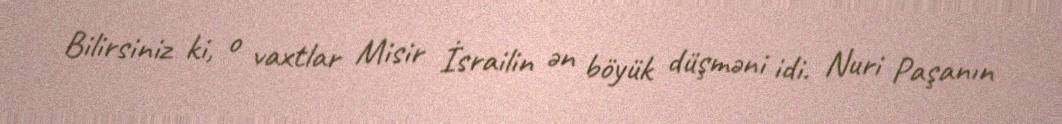
Bilirsiniz ki, o vaxtlar Misir İsrailin ən böyük düşməni idi. Nuri Paşanın